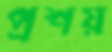
প্রশয়